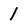
Character: 1